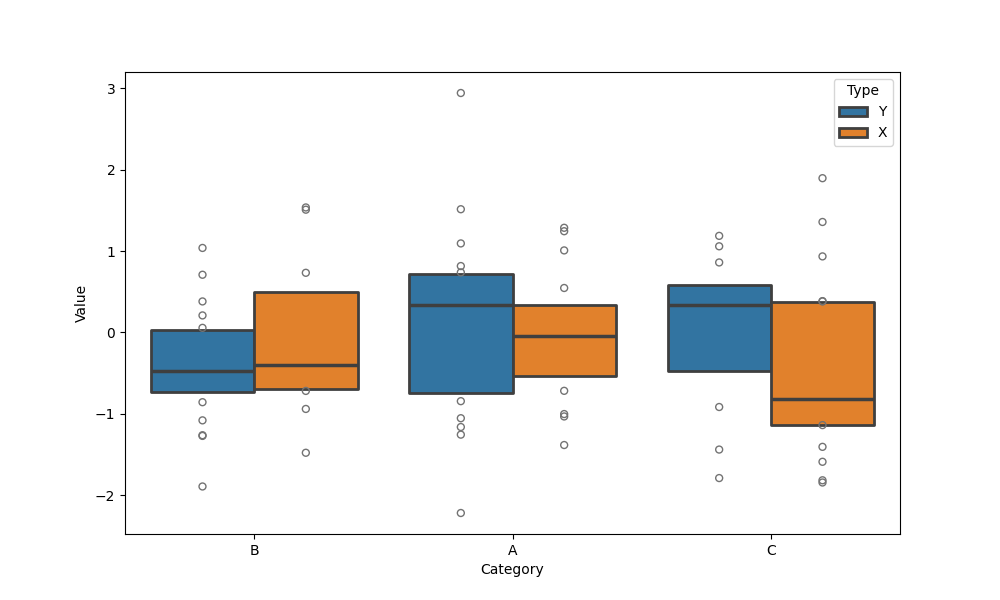
python, seaborn, boxenplot, k_depth='tukey', linewidth=2, scale='exponential', outlier_prop=0.2, showfliers=True